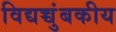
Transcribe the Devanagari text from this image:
विद्यच्चुंबकीय